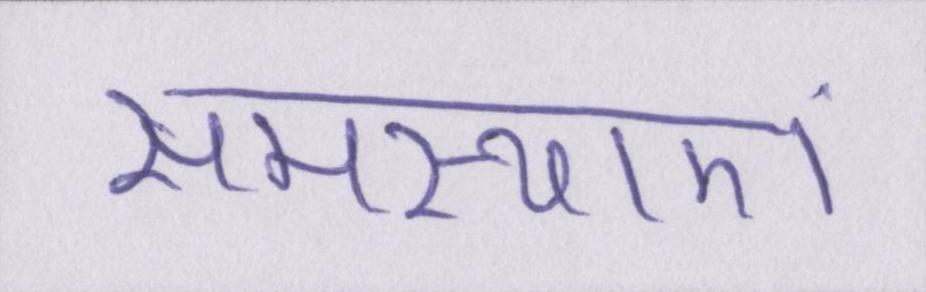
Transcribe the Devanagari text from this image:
समस्याएं